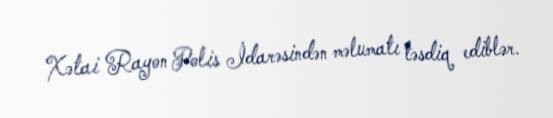
Xətai Rayon Polis İdarəsindən məlumatı təsdiq ediblər.